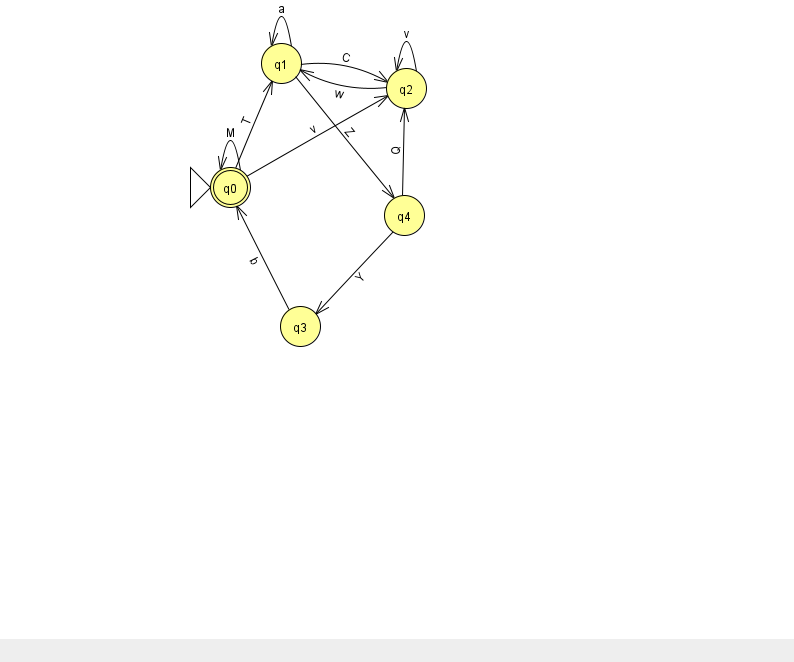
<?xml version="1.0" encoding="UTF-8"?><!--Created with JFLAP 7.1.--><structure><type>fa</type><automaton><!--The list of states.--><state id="0" name="q0"><x>230.0</x><y>174.0</y><initial/><final/></state><state id="1" name="q1"><x>281.0</x><y>50.0</y></state><state id="2" name="q2"><x>406.0</x><y>75.0</y></state><state id="3" name="q3"><x>300.0</x><y>313.0</y></state><state id="4" name="q4"><x>404.0</x><y>202.0</y></state><!--The list of transitions.--><transition><from>1</from><to>1</to><read>a</read></transition><transition><from>1</from><to>2</to><read>C</read></transition><transition><from>4</from><to>2</to><read>Q</read></transition><transition><from>2</from><to>1</to><read>w</read></transition><transition><from>3</from><to>0</to><read>b</read></transition><transition><from>0</from><to>1</to><read>T</read></transition><transition><from>0</from><to>2</to><read>v</read></transition><transition><from>2</from><to>2</to><read>v</read></transition><transition><from>4</from><to>3</to><read>Y</read></transition><transition><from>0</from><to>0</to><read>M</read></transition><transition><from>1</from><to>4</to><read>Z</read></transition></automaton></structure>